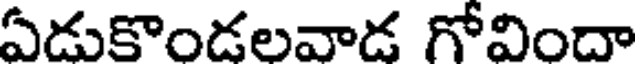
ఏడుకొండలవాడ గోవిందా